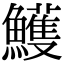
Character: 鱯